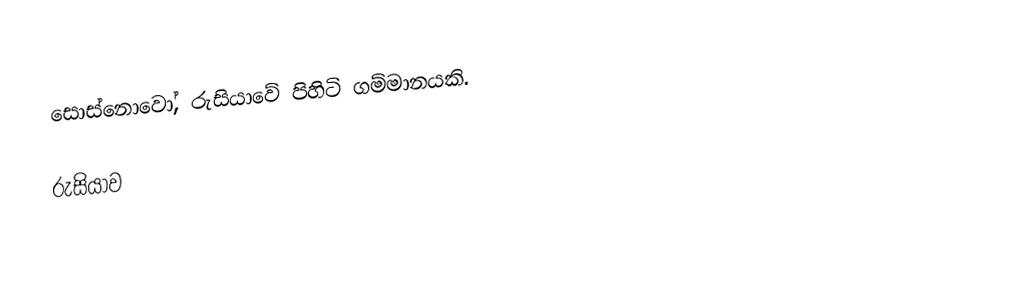
සොස්නොවෝ, රුසියාවේ පිහිටි ගම්මානයකි.

රුසියාව